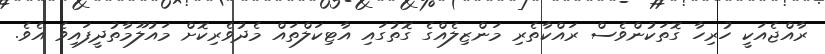
ރާއްޖެއަކީ ހުރިހާ ގޮތަކުންވެސް ރައްކާތެރި މަންޒިލެއްގެ ގޮތުގައި އާޓިކަލްތައް މެދުވެރިކޮށް މައުލޫމާތުދީފައިވެ އެވެ.